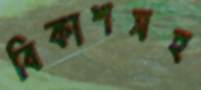
বিকাশসহ